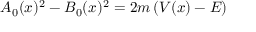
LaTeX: A _ { 0 } ( x ) ^ { 2 } - B _ { 0 } ( x ) ^ { 2 } = 2 m \left( V ( x ) - E \right)